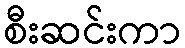
စီးဆင်းကာ